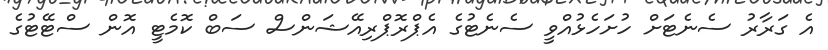
އެ ގަރާރު ސެނެޓަށް ހުށަހެޅުއްވީ ސެނެޓުގެ އެޕްރޮޕްރިއޭޝަންސް ސަބް ކޮމެޓީ އޮން ސްޓޭޓުގެ